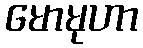
မောမုဟာ